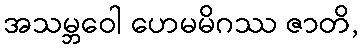
အသမ္ဘဝေါ ဟေမမိဂဿ ဇာတိ,